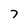
Character: 7